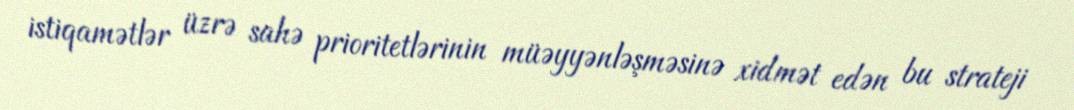
istiqamətlər üzrə sahə prioritetlərinin müəyyənləşməsinə xidmət edən bu strateji